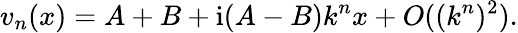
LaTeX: v_{n}(x)=A+B+\mathrm{i}(A-B)k^{n}x+O((k^{n})^{2}).